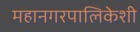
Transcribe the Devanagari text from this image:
महानगरपालिकेशी